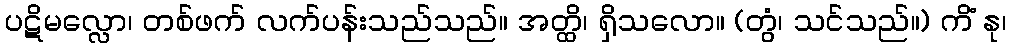
ပဋိမလ္လော၊ တစ်ဖက် လက်ပန်းသည်သည်။ အတ္ထိ၊ ရှိသလော။ (တွံ၊ သင်သည်။) ကိံ နု၊